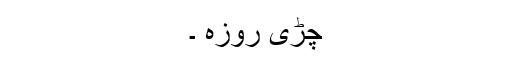
چڑی روزہ ۔